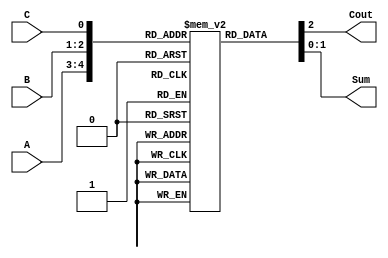
//sample solution
module adder_rom_2bit (Cout, Sum, A, B, C);
	input [1:0] A, B;
	input C;
	output [1:0] Sum;
	output Cout;
	reg [2:0] rom[31:0];
	
	reg [5:0] i;
	
	assign {Cout, Sum} = rom[{A,B,C}];
	
	initial begin
		for ( i = 0; i <= 31; i = i+ 1 ) begin
			rom[i[4:0]] = i[4:3] + i[2:1] + i[0]; 
		end
	end
endmodule	
module pipe_adder_8bit (Cout, Sum, X, Y, Cin, Clk);
	input [7 : 0] X, Y;
	input Cin, Clk;
	output [7 : 0] Sum;
	output Cout;
	reg [7 : 0] Sum;
	reg Cout;
	
	reg [16:0] stage1;
	reg [14:0] stage2;
	reg [12:0] stage3;
	reg [10:0] stage4;
	
	wire [2:0] stage1sc;
	wire [2:0] stage2sc;
	wire [2:0] stage3sc;
	wire [2:0] stage4sc;
	
	adder_rom_2bit A1 (stage1sc[2], stage1sc[1:0], stage1[10:9], stage1[2:1], stage1[0]);
	adder_rom_2bit A2 (stage2sc[2], stage2sc[1:0], stage2[10:9], stage2[4:3], stage2[2]);
	adder_rom_2bit A3 (stage3sc[2], stage3sc[1:0], stage3[10:9], stage3[6:5], stage3[4]);
	adder_rom_2bit A4 (stage4sc[2], stage4sc[1:0], stage4[10:9], stage4[8:7], stage4[6]);
	
	always @ (posedge Clk) begin
			stage1 <= {X, Y, Cin};
			stage2 <= {stage1[16: 11], stage1[8:3], stage1sc[2:0]};
			stage3 <= {stage2[14: 11], stage2[8:5], stage2sc[2:0], stage2[1:0]};
			stage4 <= {stage3[12: 11], stage3[8:7], stage3sc[2:0], stage3[3:0]};
			{Cout, Sum} <= {stage4sc[2:0], stage4[5:0]};
	end
endmodule